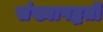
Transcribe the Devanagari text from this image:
संख्यापद्धती